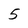
Character: 5